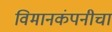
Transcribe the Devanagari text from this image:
विमानकंपनीचा